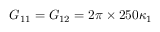
G _ { 1 1 } = G _ { 1 2 } = 2 \pi \times 2 5 0 \kappa _ { 1 }